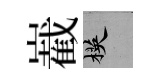
嶻楧